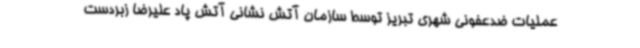
عملیات ضدعفونی شهری تبریز توسط سازمان آتش نشانی آتش پاد علیرضا زبردست